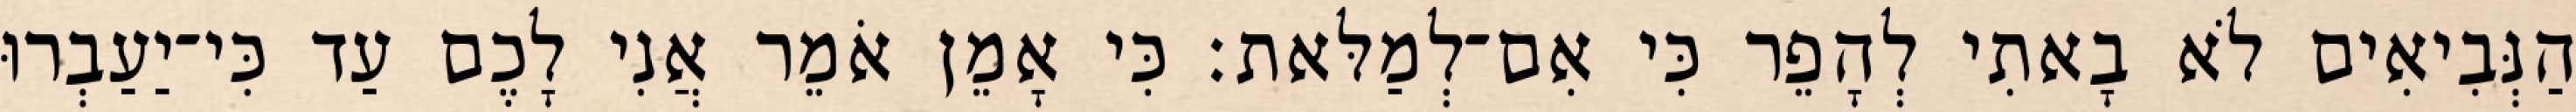
הַנְּבִיאִים לֹא בָאתִי לְהָפֵר כִּי אִם־לְמַלּאת׃ כִּי אָמֵן אֹמֵר אֲנִי לָכֶם עַד כִּי־יַעַבְרוּ